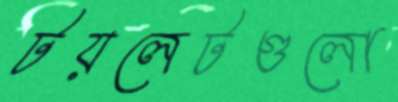
টয়লেটগুলো